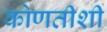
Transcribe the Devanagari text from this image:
कोणतीशी